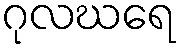
ဂုလဃရေ